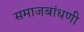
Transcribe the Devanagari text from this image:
समाजबांधणी